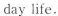
day life.